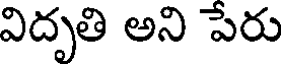
విదృతి అని పేరు